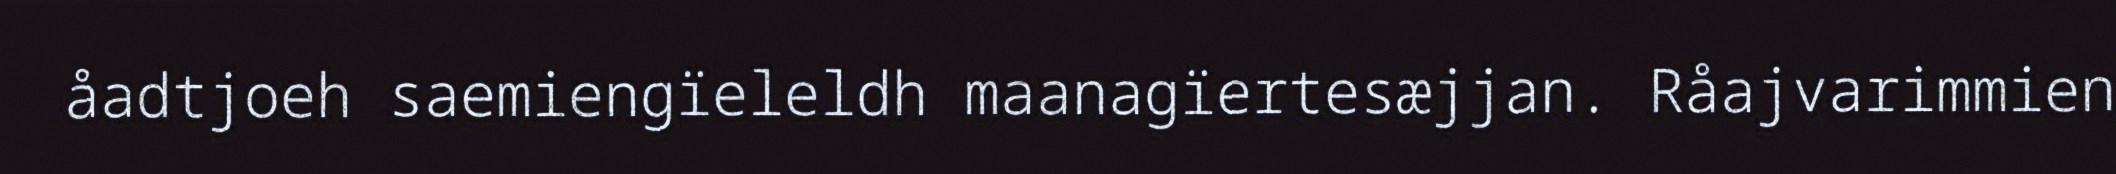
åadtjoeh saemiengïeleldh maanagïertesæjjan. Råajvarimmien